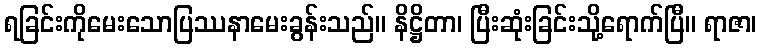
ရခြင်းကိုမေးသောပြဿနာမေးခွန်းသည်။ နိဋ္ဌိတာ၊ ပြီးဆုံးခြင်းသို့ရောက်ပြီ။ ရာဇာ၊